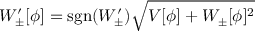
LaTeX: W _ { \pm } ^ { \prime } [ \phi ] = \mathrm { s g n } ( W _ { \pm } ^ { \prime } ) \sqrt { V [ \phi ] + W _ { \pm } [ \phi ] ^ { 2 } }